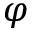
\varphi